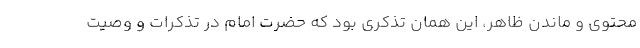
محتوی و ماندن ظاهر، این همان تذکری بود که حضرت امام در تذکرات و وصیت